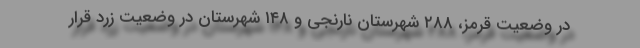
در وضعیت قرمز، ۲۸۸ شهرستان نارنجی و ۱۴۸ شهرستان در وضعیت زرد قرار